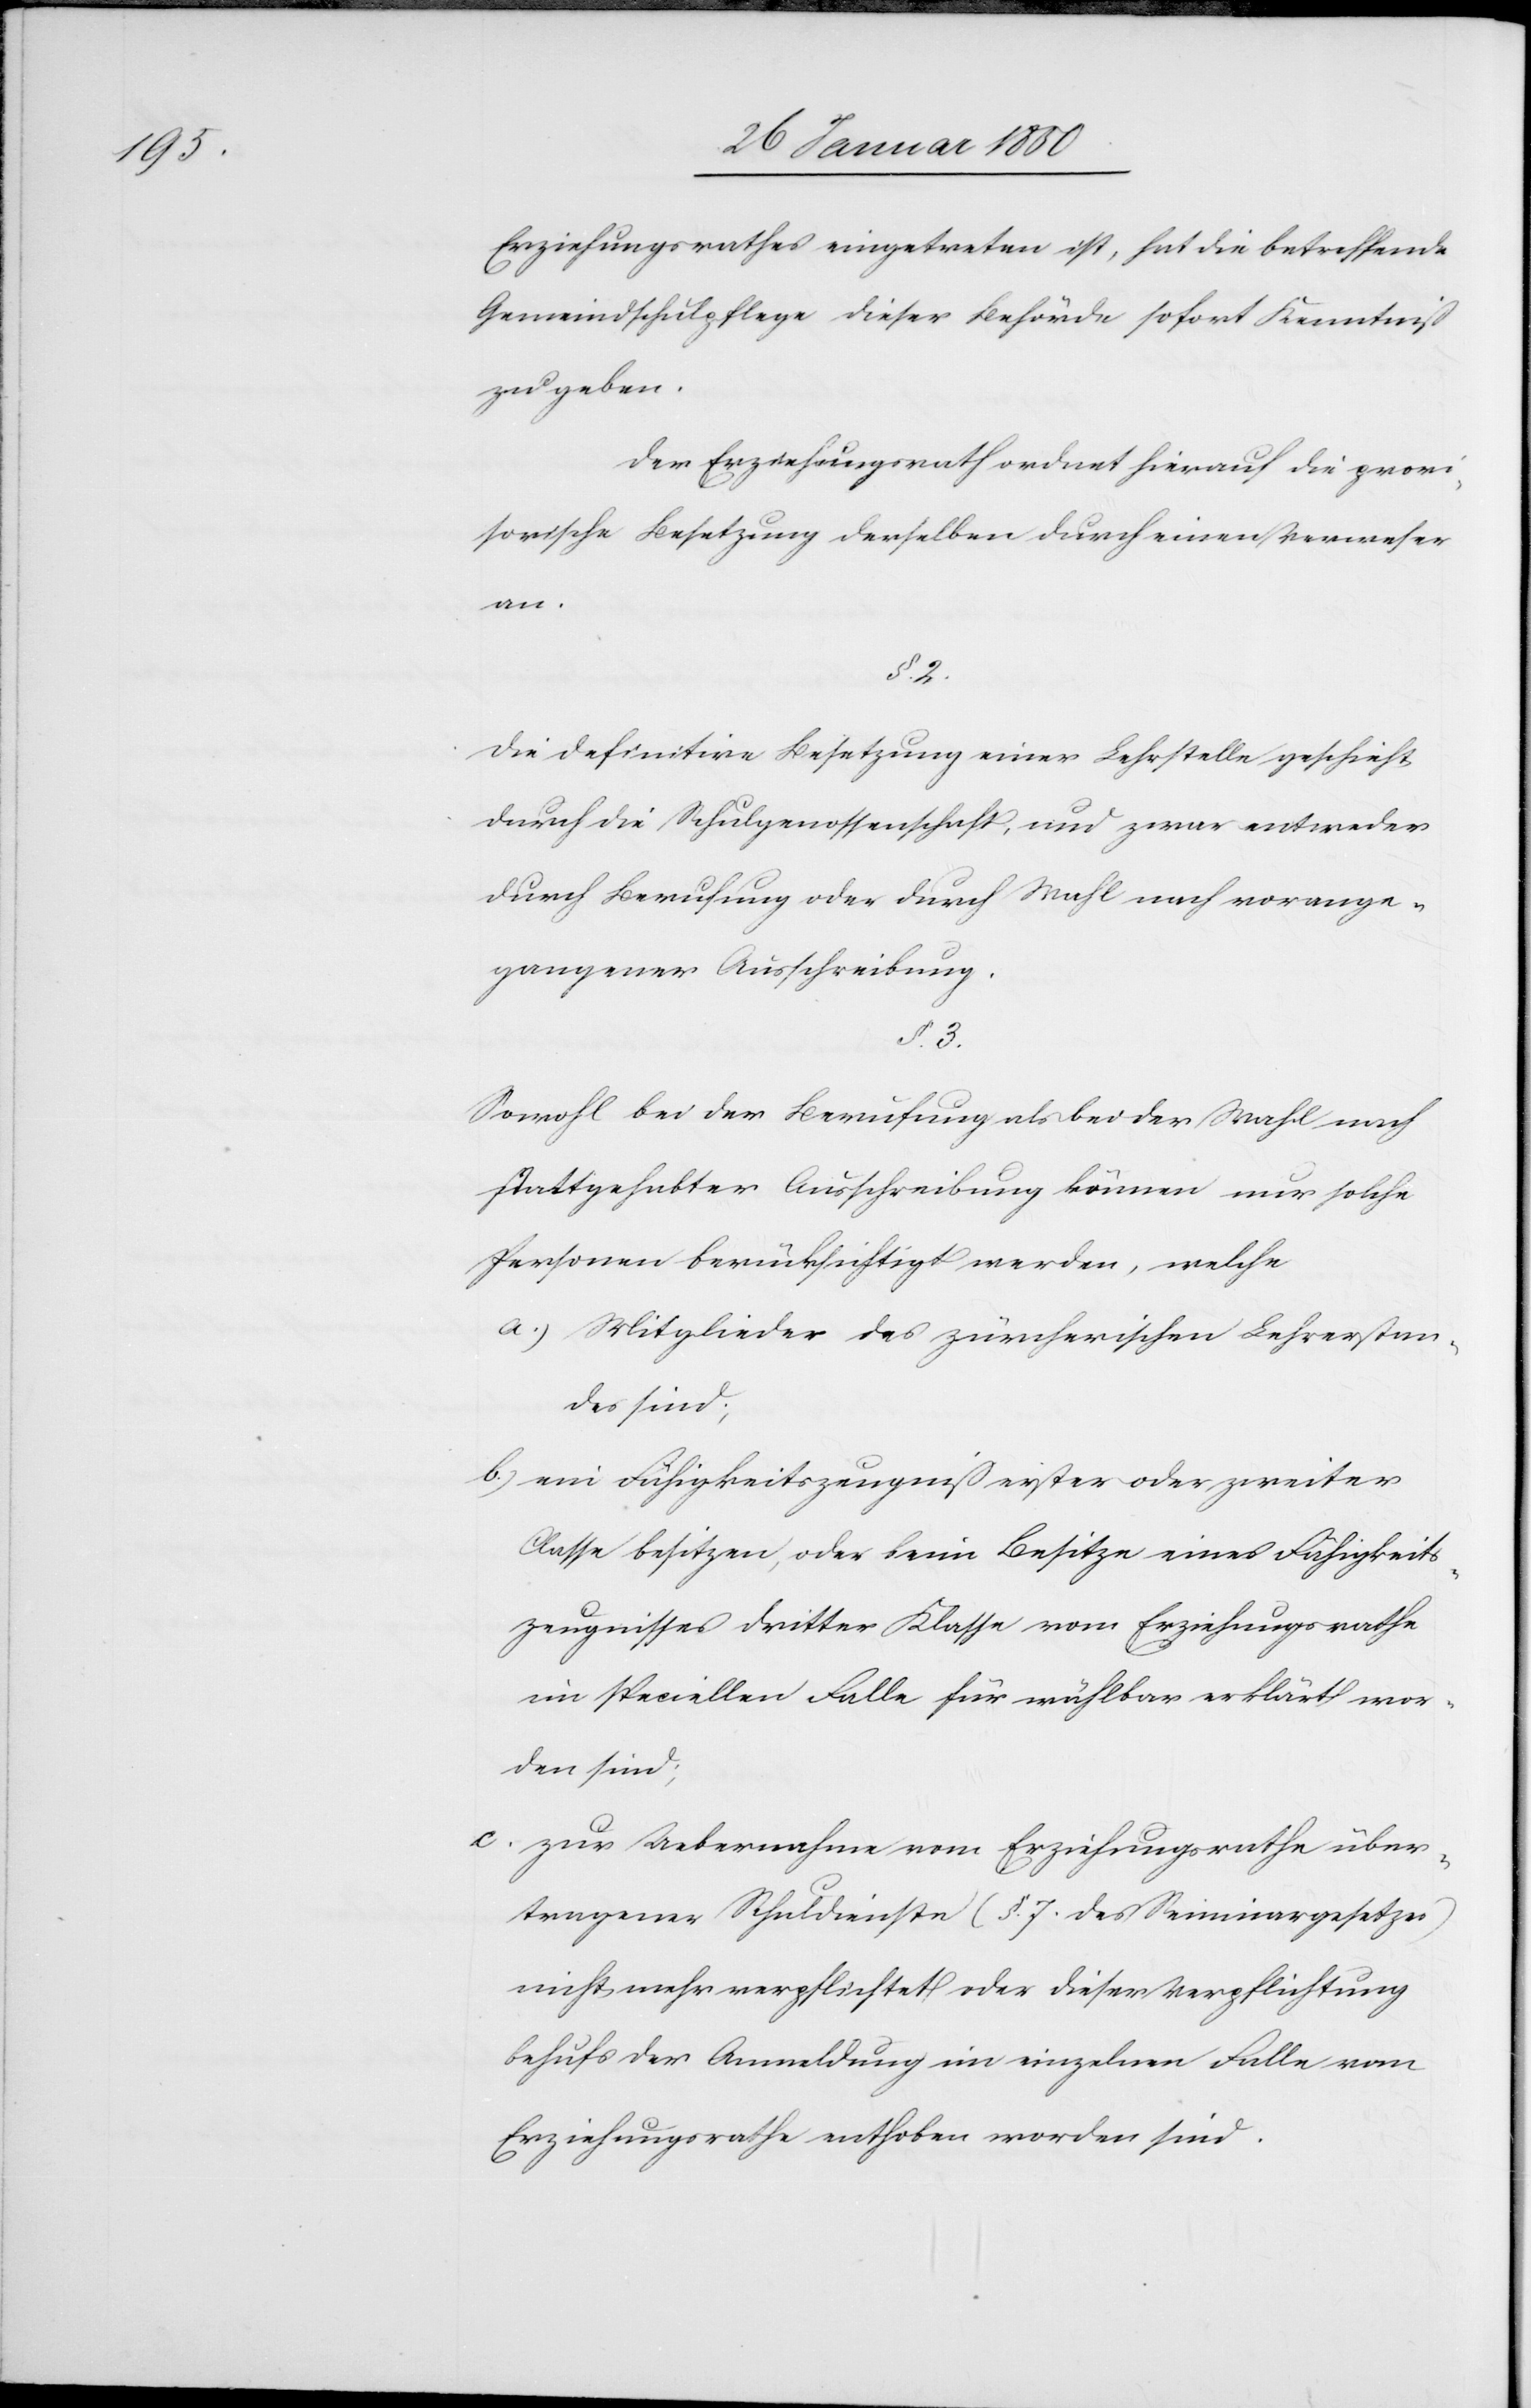
Erziehungsrathes eingetreten ist, hat die betreffende
Gemeindschulpflege dieser Behörde sofort Kenntniß
zu geben.
Der Erziehungsrath ordnet hierauf die provi¬
sorische Besetzung derselben durch einen Verweser
an.
§. 2.
Die definitive Besetzung einer Lehrstelle geschieht
durch die Schulgenossenschaft, und zwar entweder
durch Berufung oder durch Wahl nach vorange¬
gangener Ausschreibung.
§. 3.
Sowohl bei der Berufung als bei der Wahl nach
stattgehabter Ausschreibung können nur solche
Personen berücksichtigt werden, welche
a) Mitglieder des zürcherischen Lehrerstan¬
des sind;
b.) ein Fähigkeitszeugniß erster oder zweiter
Classe besitzen, oder beim Besitze eines Fähigkeits¬
zeugnisses dritter Klasse vom Erziehungsrathe
im speciellen Falle für wählbar erklärt wor¬
den sind;
c. zur Uebernahme vom Erziehungsrathe über¬
tragener Schuldienste (§. 7. des Seminargesetzes)
nicht mehr verpflichtet oder dieser Verpflichtung
behufs der Anmeldung im einzelnen Falle vom
Erziehungsrathe enthoben worden sind.